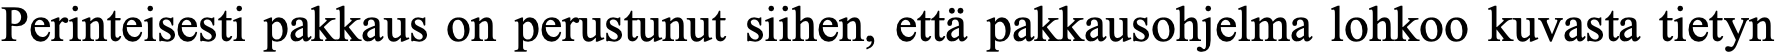
Perinteisesti pakkaus on perustunut siihen, että pakkausohjelma lohkoo kuvasta tietyn